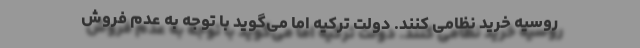
روسیه خرید نظامی کنند. دولت ترکیه اما می‌گوید با توجه به عدم فروش